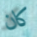
كان